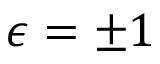
\epsilon = \pm 1